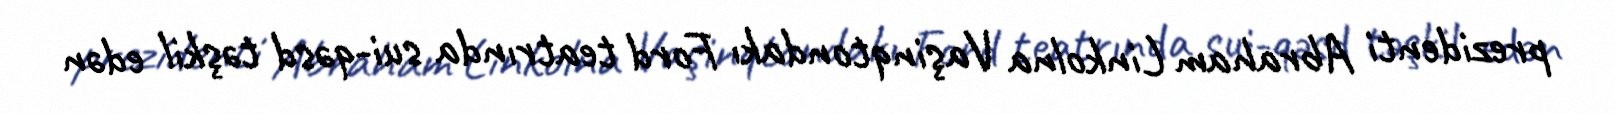
prezidenti Abraham Linkolna Vaşinqtondakı Ford teatrında sui-qəsd təşkil edən